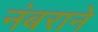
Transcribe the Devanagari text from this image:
नंबराने